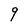
Character: 9